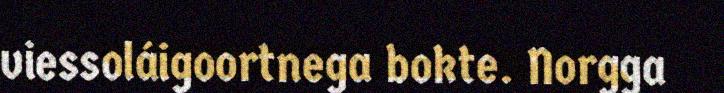
viessoláigoortnega bokte. Norgga